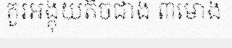
គួរអង្គុយតិចជាង ៣ម៉ោង